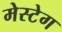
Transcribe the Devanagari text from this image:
मेस्टेग